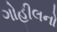
ગોહીલનો